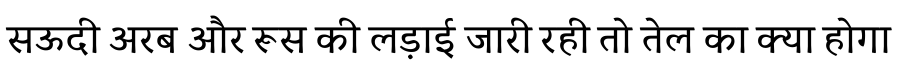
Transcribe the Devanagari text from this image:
सऊदी अरब और रूस की लड़ाई जारी रही तो तेल का क्या होगा